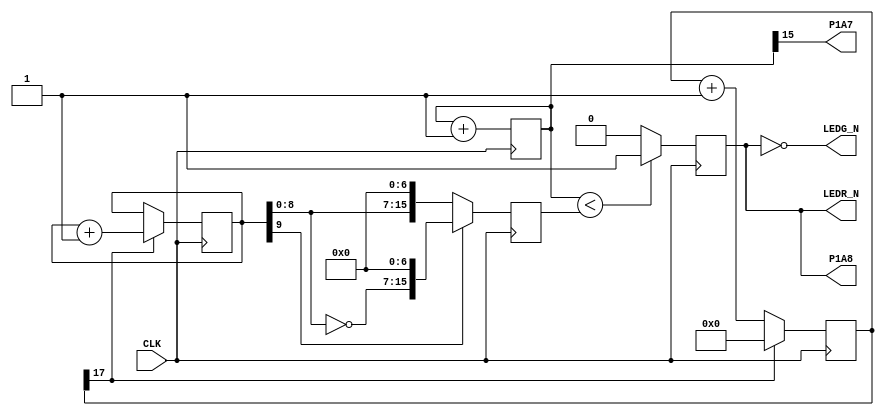
/*
 *  icebreaker examples - pwm demo
 *
 *  Copyright (C) 2018 Piotr Esden-Tempski <piotr@esden.net>
 *
 *  Permission to use, copy, modify, and/or distribute this software for any
 *  purpose with or without fee is hereby granted, provided that the above
 *  copyright notice and this permission notice appear in all copies.
 *
 *  THE SOFTWARE IS PROVIDED "AS IS" AND THE AUTHOR DISCLAIMS ALL WARRANTIES
 *  WITH REGARD TO THIS SOFTWARE INCLUDING ALL IMPLIED WARRANTIES OF
 *  MERCHANTABILITY AND FITNESS. IN NO EVENT SHALL THE AUTHOR BE LIABLE FOR
 *  ANY SPECIAL, DIRECT, INDIRECT, OR CONSEQUENTIAL DAMAGES OR ANY DAMAGES
 *  WHATSOEVER RESULTING FROM LOSS OF USE, DATA OR PROFITS, WHETHER IN AN
 *  ACTION OF CONTRACT, NEGLIGENCE OR OTHER TORTIOUS ACTION, ARISING OUT OF
 *  OR IN CONNECTION WITH THE USE OR PERFORMANCE OF THIS SOFTWARE.
 *
 */

// This example generates PWM to fade LEDs
// The intended result is opposite pulsating Red and Green LEDs
// on the iCEBreaker. The intended effect is that the two LED "breathe" in
// brigtness up and down in opposite directions.

module top (
	input CLK,
	output LEDR_N,
	output LEDG_N,
	output P1A7, // Debug pins 
	output P1A8  // 
);

// PWM generator
reg [15:0] pwm_counter = 0;
reg [15:0] pwm_compare = 256;
reg pwm_out;
always @(posedge CLK) begin
	// Divide clock by 65535
	// Results in a 183.11Hz PWM
	pwm_counter <= pwm_counter + 1;

	// Set pwm output according to the compare
	// Set output high when the counter is smaller than the compare value
	// Set output low when the counter is equal or higher than the compare
	// value
	if (pwm_counter < pwm_compare) begin
		pwm_out <= 1;
	end else begin
		pwm_out <= 0;
	end
end

// PWM compare generator
// Fading up and down creating a slow sawtooth output
// The fade up down takes about 11.18 seconds
// Note: You will see that the LEDs spend more time being very bright
// than visibly fading, this is because our vision is non linear. Take a look
// at the pwm_fade_gamma example that fixes this issue. :)
reg [17:0] pwm_inc_counter = 0;
reg [16-7:0] pwm_compare_value = 0;
always @(posedge CLK) begin
	// Divide clock by 131071
	pwm_inc_counter <= pwm_inc_counter + 1;

	// increment/decrement pwm compare value at 91.55Hz
	if (pwm_inc_counter[17]) begin
		pwm_compare_value <= pwm_compare_value + 1;
		pwm_inc_counter <= 0;
	end

	if (pwm_compare_value[16-7])
		pwm_compare <= ~pwm_compare_value << 7;
	else
		pwm_compare <=  pwm_compare_value << 7;
end

assign LEDG_N = ~pwm_out;
assign LEDR_N =  pwm_out;
assign P1A7 = pwm_counter[15]; // 50% duty cycle PWM clock out
assign P1A8 = pwm_out; // PWM output on a GPIO pin

endmodule